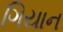
ગિયાન